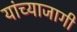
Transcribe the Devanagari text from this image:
यांच्याजागी